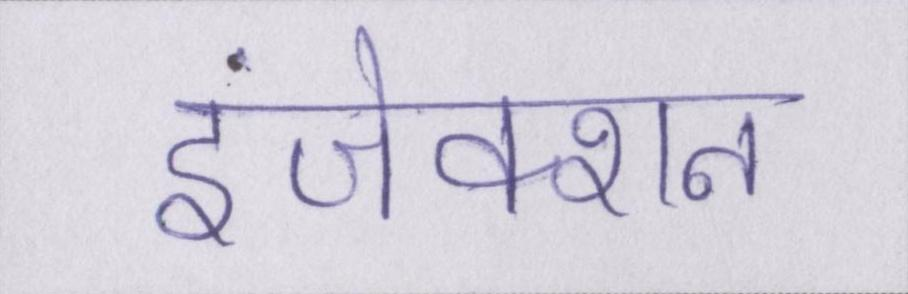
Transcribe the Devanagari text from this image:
इंजेक्शन